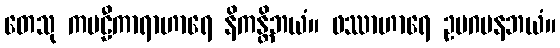
တေသု ကဗဠီကာရာဟာရေ နိကန္တိဘယံ။ ဖဿာဟာရေ ဥပဂမနဘယံ။